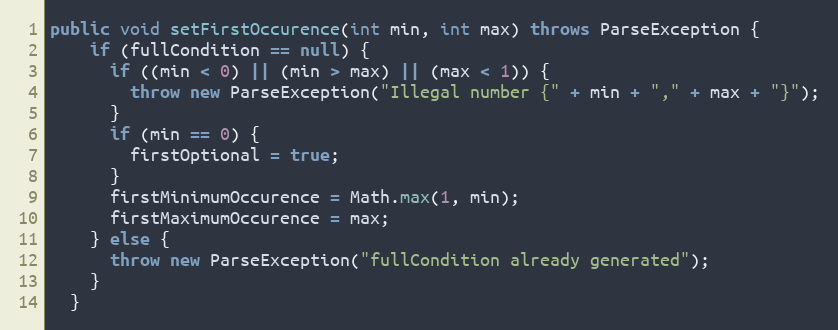
Language: Java
public void setFirstOccurence(int min, int max) throws ParseException {
    if (fullCondition == null) {
      if ((min < 0) || (min > max) || (max < 1)) {
        throw new ParseException("Illegal number {" + min + "," + max + "}");
      }
      if (min == 0) {
        firstOptional = true;
      }
      firstMinimumOccurence = Math.max(1, min);
      firstMaximumOccurence = max;
    } else {
      throw new ParseException("fullCondition already generated");
    }
  }